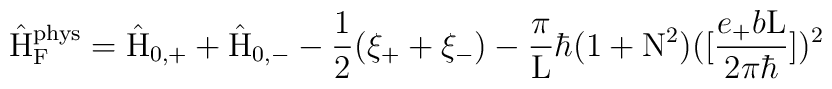
\hat{\rm H}_{\rm F}^{\rm phys}  = \hat{\rm H}_{0,+} + \hat{\rm H}_{0,-}-\frac{1}{2} (\xi_{+} + \xi_{-})- \frac{\pi}{\rm L} {\hbar} (1+{\rm N}^2)([\frac{e_{+}b{\rm L}}{2{\pi}{\hbar}}])^2